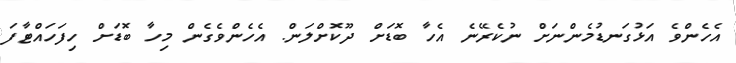
އެހެންވެ އަޅުގަނޑުމެންނަށް ނުކެރޭނެ އެހާ ބޮޑަށް ދޫކޮށްލަން. އެހެންވެގެން މިހާ ބޮޑަށް ހިފަހައްޓާފަ